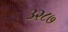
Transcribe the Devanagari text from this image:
३२८७